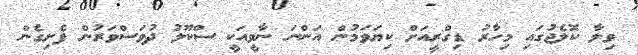
ވިލާ ކޮލެޖުގައި މިހާރު ޑިގްރީއަށް ކިޔަވަމުން އަންނަ ނާވީއަކީ ސްކޫލު ދުވަސްވަރުން ފެށިގެން